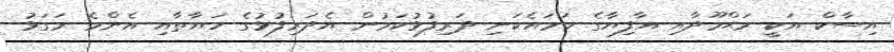
އިސާކް އަކީ މަޙްމޫދާއި އާފިޔާގެ ހަމައެކަނި ދަރިފުޅުކަމުން އެދަރިފުޅުގެ ހަޔާތާއި އެންމެ ރަގަޅު